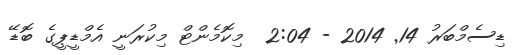
ޑިސެމްބަރު 14